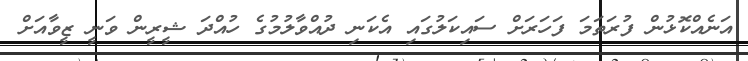
އަނެއްކޮޅުން ފުރަތަމަ ފަހަރަށް ސައިކަލުގައި އެކަނި ދުއްވާލުމުގެ ހުއްދަ ޝީރީން ވަނީ ޒީވާއަށް